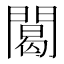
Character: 䦪